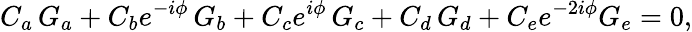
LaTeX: C_{a}\, G_{a}+C_{b}e^{-i\phi}\, G_{b}+C_{c}e^{i\phi}\, G_{c}+C_{d}\, G_{d}+C_{e}e^{-2i\phi}G_{e}=0,